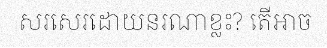
សរសេរដោយនរណាខ្លះ? តើអាច